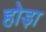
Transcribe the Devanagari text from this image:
होड़ा